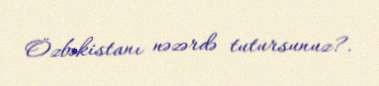
Özbəkistanı nəzərdə tutursunuz?.